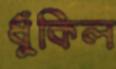
ধুঁকিল